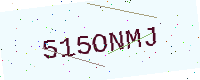
Text: 515ONMJ